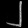
Digit: ၂